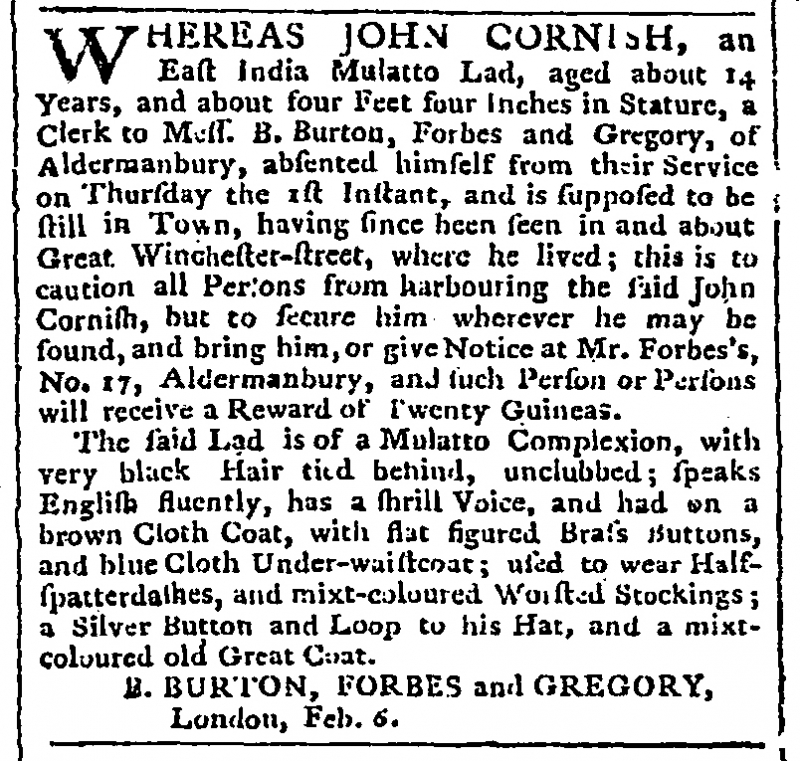
Public Advertiser, 7 February 1776 (England)
WHEREAS JOHN CORNISH, an East India Mulatto Lad, aged about 14 Years, and about four Feet four Inches in Stature, a Clerk to Mess. B. Burton, Forbes and Gregory, of Aldermanbury, absented himself from their Service of Thursday the 1st Instant, and is supposed to be still in Town, having since been seen in and about Great Winchester-street, where he lived; this is to caution all Persons from harbouring the said John Cornish, but to secure him wherever he may be found, and bring him, or give Notice at Mr Forbe’s, No. 17, Aldermanbury, and such Person or Persons will receive a reward of Twenty Guineas.   The said Lad is of Mulatto Complexion, with very black hair tied behind, unclubbed; speaks English fluently, has a shrill voice, and had on a brown Cloth Coat, with flat figured Brass Buttons, and Blue Cloth Under-waistcoat; used to wear Half-spatterdashes, and mixt-coloured Worsted Stockings; and Silver Button and Loop to his Hat, and a mixt-coloured old Great Coat.      B. BURTON, FORBES and GREGORY,            London, Feb. 6.